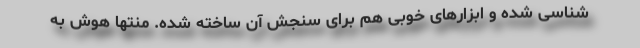
شناسی شده و ابزارهای خوبی هم برای سنجش آن ساخته شده. منتها هوش به